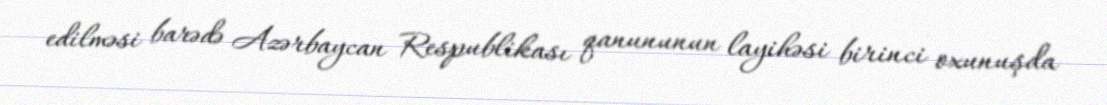
edilməsi barədə Azərbaycan Respublikası qanununun layihəsi birinci oxunuşda